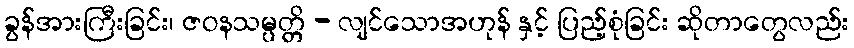
ခွန်အားကြီးခြင်း၊ ဇဝနသမ္ပတ္တိ - လျင်သောအဟုန် နှင့် ပြည့်စုံခြင်း ဆိုတာတွေလည်း